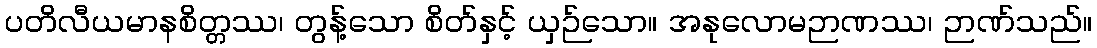
ပတိလီယမာနစိတ္တဿ၊ တွန့်သော စိတ်နှင့် ယှဉ်သော။ အနုလောမဉာဏဿ၊ ဉာဏ်သည်။